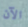
الآن